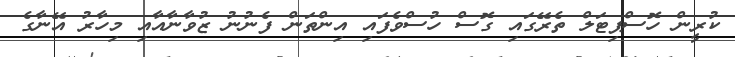
ކުރީން ހޮސްޕިޓަލް ތެރޭގައި ގޮސް ހުސްވެފައި އިންތަން ފެނުނު ޒުވާނާއާއި މިހާރު އޭނާގެ